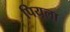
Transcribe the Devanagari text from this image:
पियूला